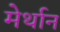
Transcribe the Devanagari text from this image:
मेर्थान